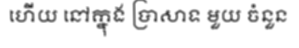
ហើយ នៅក្នុង ប្រាសាទ មួយ ចំនួន